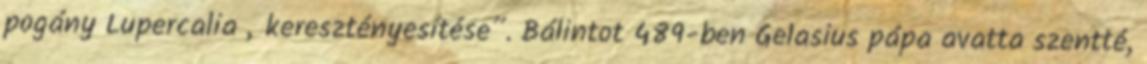
pogány Lupercalia „keresztényesítése”. Bálintot 489-ben Gelasius pápa avatta szentté,